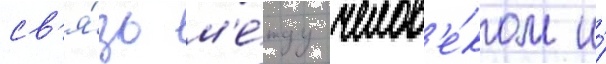
св'я́зь м'е́жду челов'е́ком и́